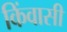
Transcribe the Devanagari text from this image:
किंवासी